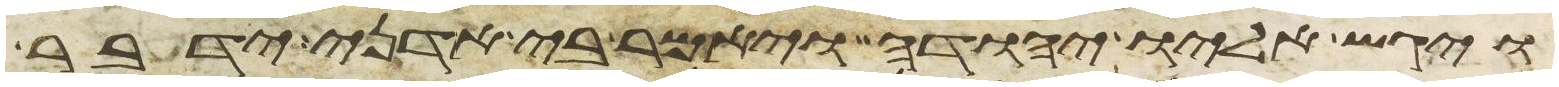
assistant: ויגש אליו יהודה ויאמר בי אדני ידבר